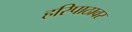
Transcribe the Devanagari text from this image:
हरिपाठावर